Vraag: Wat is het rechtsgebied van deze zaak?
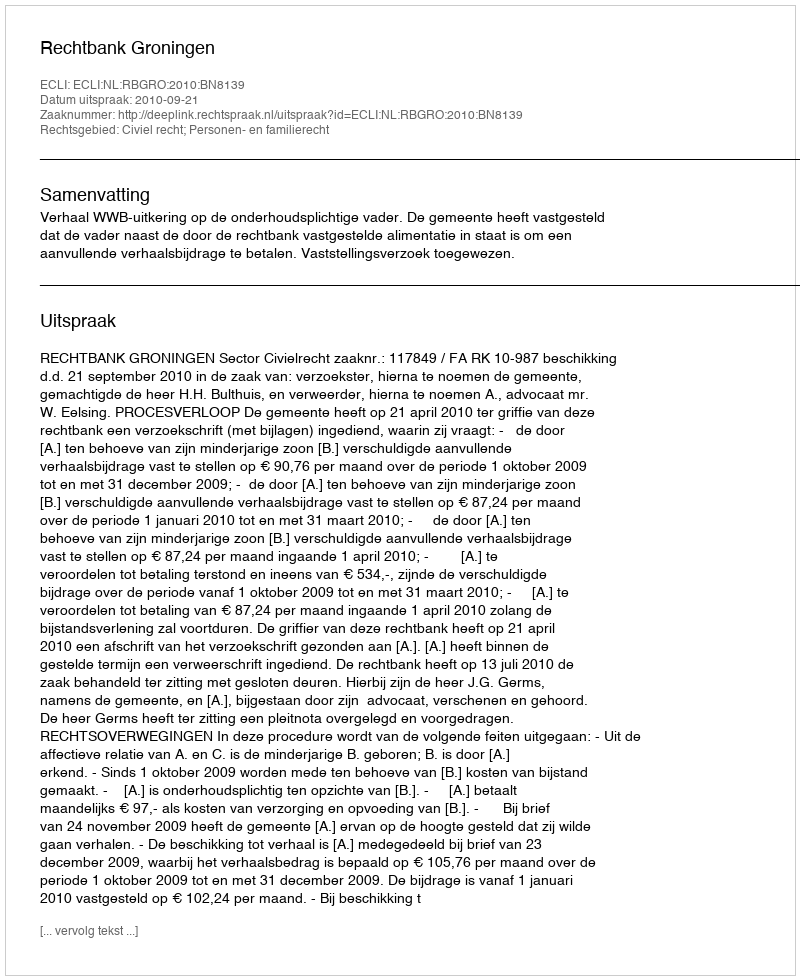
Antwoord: Civiel recht; Personen- en familierecht